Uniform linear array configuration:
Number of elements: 4
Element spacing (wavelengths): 0.5
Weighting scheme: hann
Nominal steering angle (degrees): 45
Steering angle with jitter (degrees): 45.702
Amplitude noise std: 0.05
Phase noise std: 0.05

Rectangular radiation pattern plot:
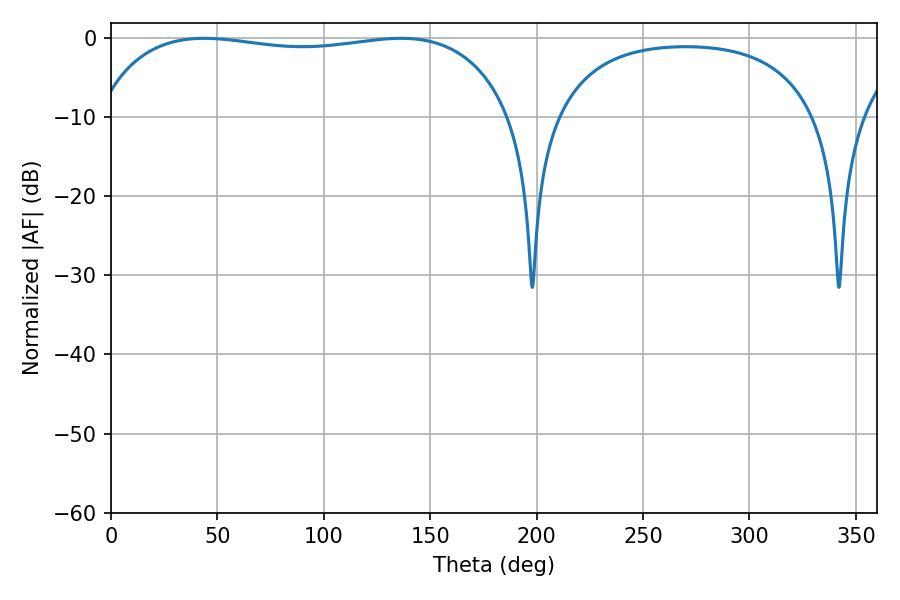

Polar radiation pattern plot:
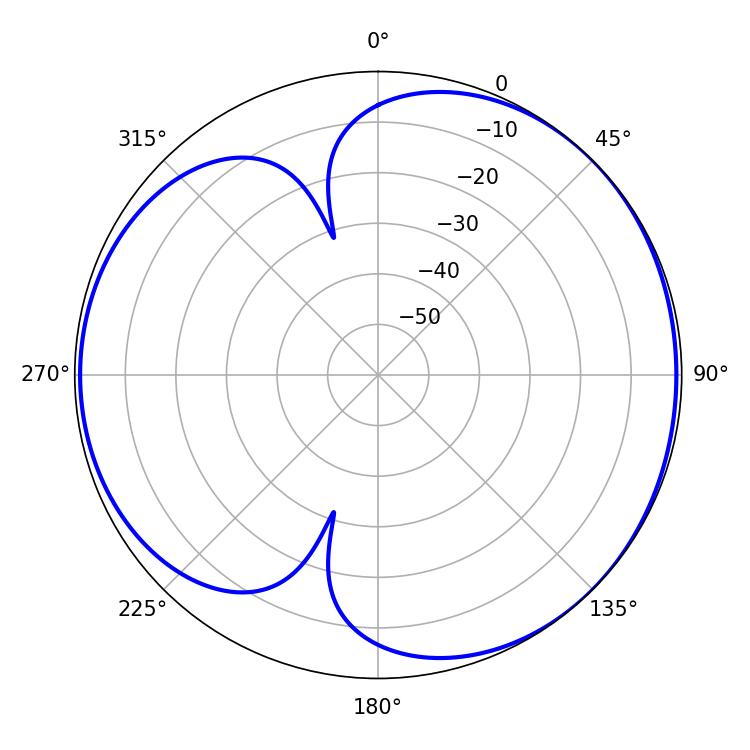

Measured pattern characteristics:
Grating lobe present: FALSE
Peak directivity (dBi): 4.341
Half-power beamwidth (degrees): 157.68
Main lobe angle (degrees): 43.74